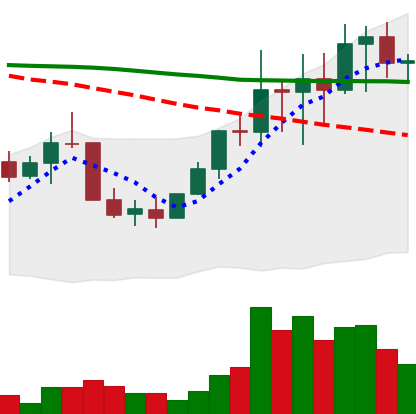
Ticker: LINK-USD
Chart end date: 2022-01-12
Forward return: -10.968%
Label: down_7plus